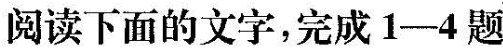
阅读下面的文字，完成1-4题